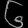
Digit: ၆